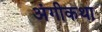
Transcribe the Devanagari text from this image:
अंगीकथा